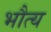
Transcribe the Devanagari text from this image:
भौत्य